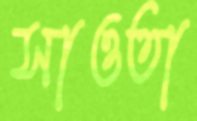
সাওতা